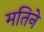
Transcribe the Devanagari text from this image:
मतिने